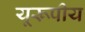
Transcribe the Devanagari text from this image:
यूरूपीय